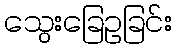
သွေးခြေဥခြင်း